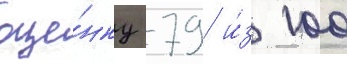
оце́нку 79 и́з 100